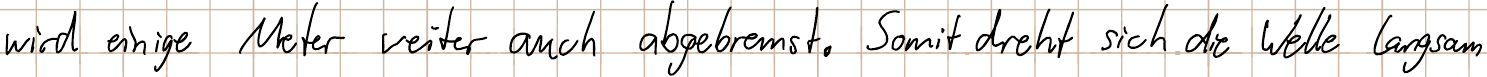
wird einige Meter weiter auch abgebremst. Somit dreht sich die Welle langsam